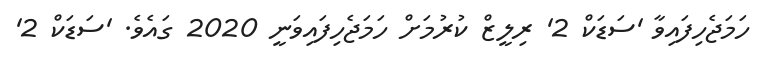
ހަމަޖެހިފައިވާ 'ސަޑަކް 2' ރިލީޒް ކުރުމަށް ހަމަޖެހިފައިވަނީ 2020 ގައެވެ. 'ސަޑަކް 2'